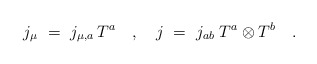
\begin{align*}j_\mu~=~j_{\mu,a} \, T^a~~~,~~~j~=~j_{ab} \; T^a\otimes T^b~~~. \end{align*}